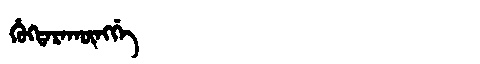
Manchu: ᡥᡠᡴᡨᠠᡵᠠᡴᡡᠩᡤᡝ
Romanization: HUKTARAKŪNGGE